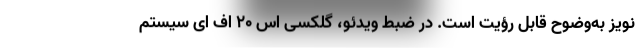
نویز به‌وضوح قابل ‌رؤیت است. در ضبط ویدئو، گلکسی اس ۲۰ اف ای سیستم